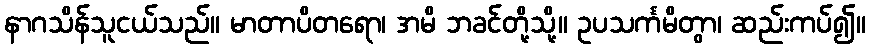
နာဂသိန်သူငယ်သည်။ မာတာပိတရော၊ အမိ ဘခင်တို့သို့။ ဥပသင်္ကမိတွာ၊ ဆည်းကပ်၍။